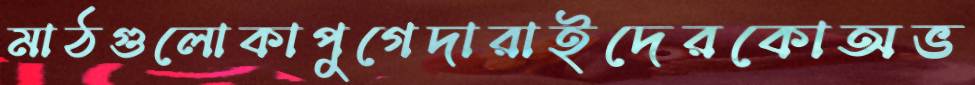
মাঠগুলোকাপুগেদারাইদেরকোঅভ